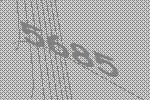
5685